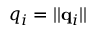
q _ { i } = | | \ensuremath { \mathbf { q } } _ { i } | |